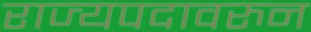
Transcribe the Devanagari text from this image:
राज्यपदावरुन